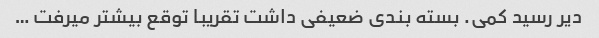
دیر رسید کمی. بسته بندی ضعیفی داشت تقریبا توقع بیشتر میرفت …